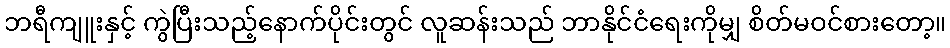
ဘရီကျူးနှင့် ကွဲပြီးသည့်နောက်ပိုင်းတွင် လူဆန်းသည် ဘာနိုင်ငံရေးကိုမျှ စိတ်မဝင်စားတော့။